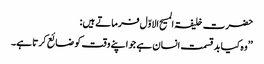
حضرت خلیفۃ المسیح الاوّل فرماتے ہیں:
’’وہ کیا بد قسمت انسان ہے جو اپنے وقت کو ضائع کرتا ہے۔